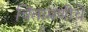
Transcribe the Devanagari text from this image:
चिंतामणीचें